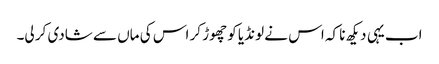
اب یہی دیکھ نا کہ اس نے لونڈیا کو چھوڑ کر اس کی ماں سے شادی کر لی۔